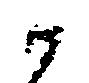
候